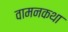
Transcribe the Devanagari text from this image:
वामनकथा